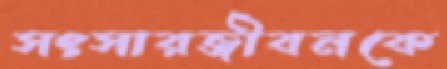
সংসারজীবনকে